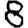
Digit: 8